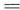
=